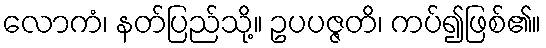
လောကံ၊ နတ်ပြည်သို့။ ဥပပဇ္ဇတိ၊ ကပ်၍ဖြစ်၏။